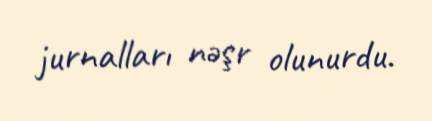
jurnalları nəşr olunurdu.